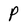
Character: P